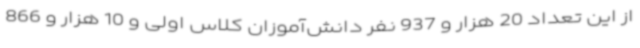
از این تعداد 20 هزار و 937 نفر دانش‌آموزان کلاس اولی و 10 هزار و 866